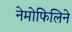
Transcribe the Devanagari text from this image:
नेमोफिलिने